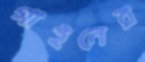
গাইনের